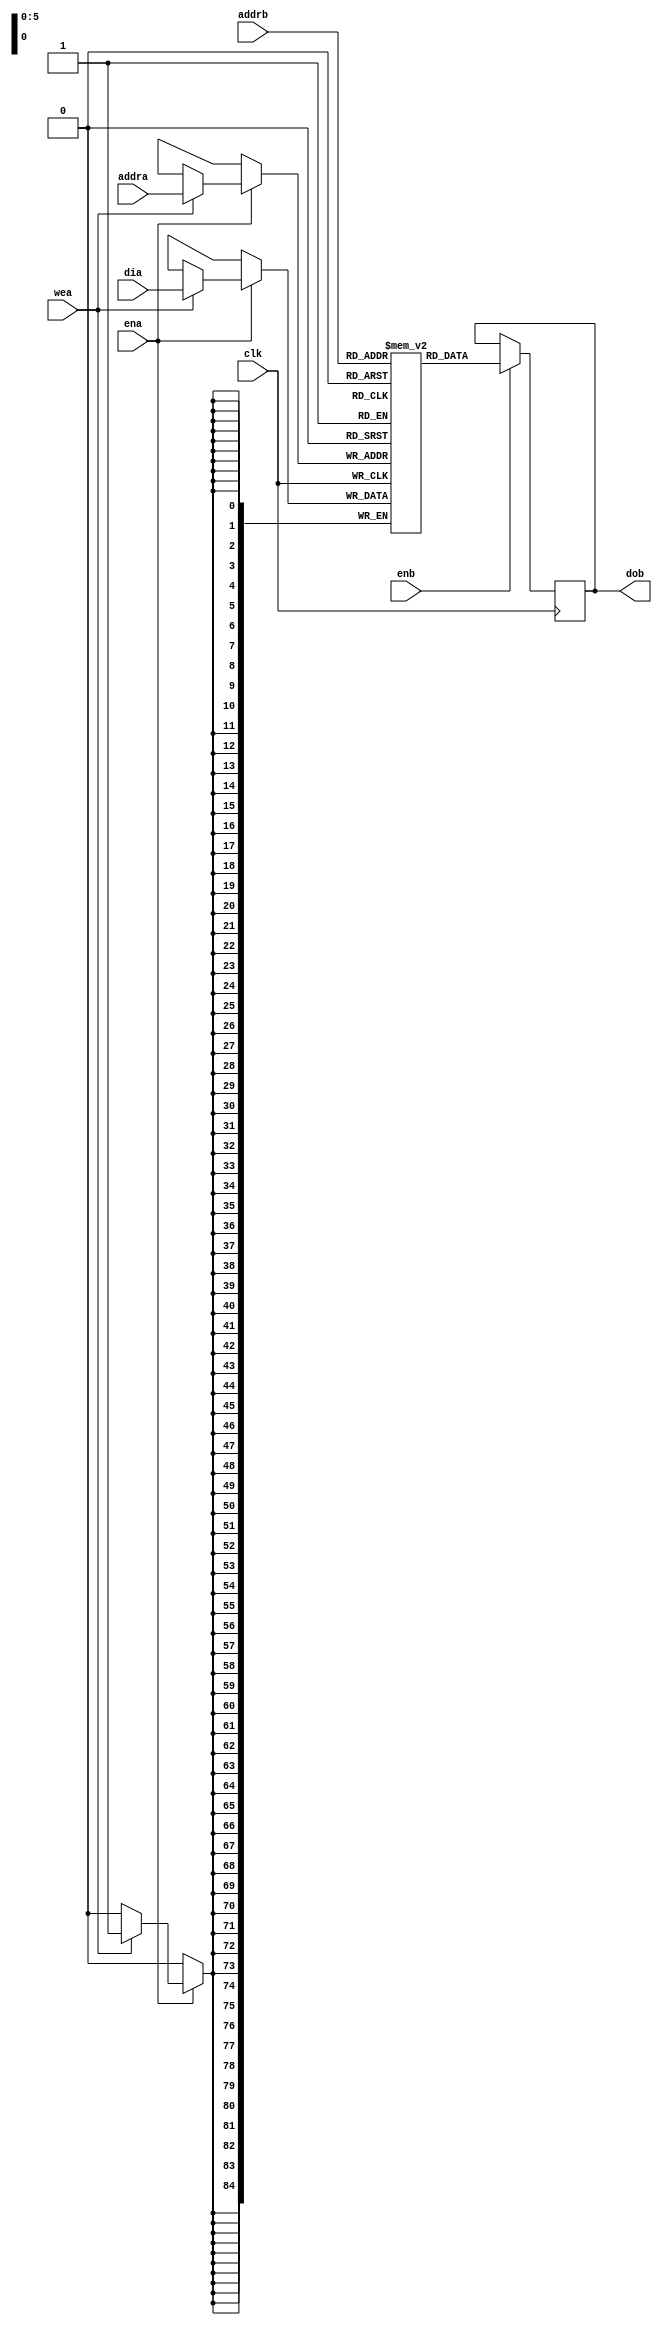
module iram_1r1w1ck_64x85
   (clk,ena,enb,wea,addra,addrb,dia,dob);
   input clk,ena,enb,wea;
   input [5:0] addra,addrb;
   input [84:0] dia;
   output [84:0] dob;
   reg[84:0] ram [63:0];
   reg[84:0] dob;

always @(posedge clk) begin
 if (ena) begin
    if (wea)
        ram[addra] <= dia;
 end
end

always @(posedge clk) begin
  if (enb)
    dob <= ram[addrb];
end

endmodule